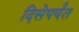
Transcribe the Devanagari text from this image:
दिसेपर्यंत